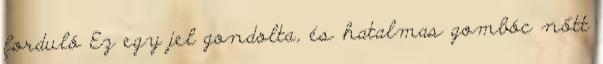
forduló Ez egy jel gondolta, és hatalmas gombóc nőtt